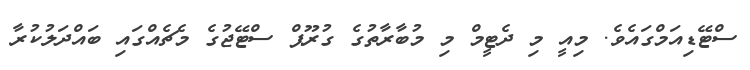
ސްޓޭޑިއަމްގައެވެ. މިއީ މި ދެޓީމް މި މުބާރާތުގެ ގުރޫޕް ސްޓޭޖުގެ މެޗެއްގައި ބައްދަލުކުރާ